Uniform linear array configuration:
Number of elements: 64
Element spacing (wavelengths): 0.75
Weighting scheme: cosine
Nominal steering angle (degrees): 15
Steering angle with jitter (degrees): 15.081
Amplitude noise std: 0.05
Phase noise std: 0.05

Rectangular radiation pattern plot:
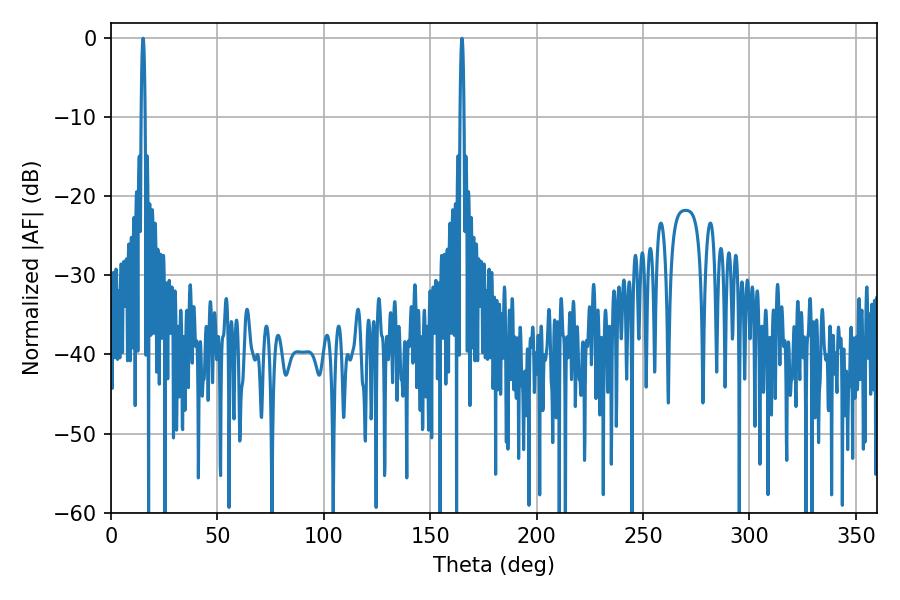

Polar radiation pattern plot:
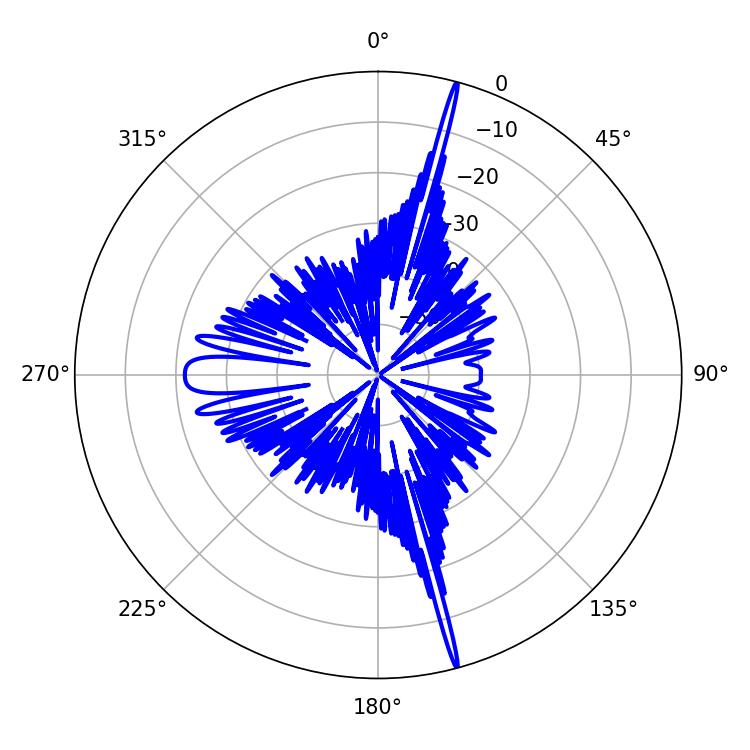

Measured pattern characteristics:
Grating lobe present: TRUE
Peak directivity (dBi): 23.354
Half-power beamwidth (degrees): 0.9
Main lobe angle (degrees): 15.12